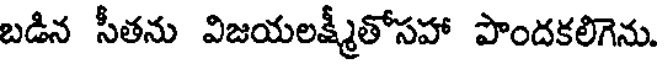
బడిన సీతను విజయలక్ష్మీతోసహా పొందకలిగెను.